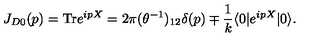
J _ { D 0 } ( p ) = \mathrm { T r } e ^ { i p X } = 2 \pi ( \theta ^ { - 1 } ) _ { 1 2 } \delta ( p ) \mp \frac { 1 } { k } \langle 0 | e ^ { i p X } | 0 \rangle .